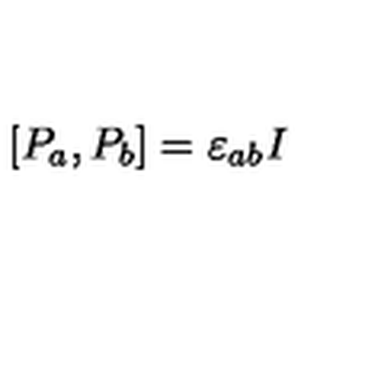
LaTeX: [ P _ { a } , P _ { b } ] = \varepsilon _ { a b } I